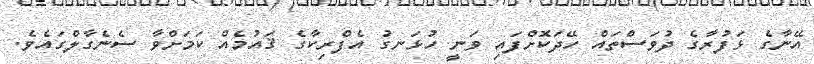
އޭނާގެ ޅަފުރާގެ ދުވަސްތައް ހޭދަކޮށްފައި ވަނީ ހުޅަނގު އެފްރިކާގެ ޤައުމެއް ކަމަށްވާ ސެނެގާލްގައެވެ.